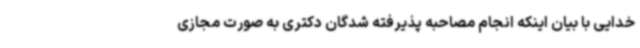
خدایی با بیان اینکه انجام مصاحبه پذیرفته شدگان دکتری به صورت مجازی